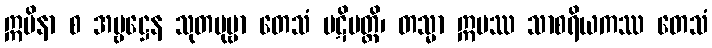
ဣမိနာ စ အမ္ဗဋ္ဌေန သုတပုဗ္ဗာ တေသံ ပဋိပတ္တိ၊ တသ္မာ ဣမဿ သာစရိယကဿ တေသံ